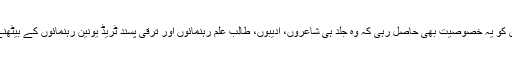
ایسٹرن کافی ہائوس کو یہ خصوصیت بھی حاصل رہی کہ وہ جلد ہی شاعروں، ادیبوں، طالب علم رہنمائوں اور ترقی پسند ٹریڈ یونین رہنمائوں کے بیٹھنے کا مرکز بن گیا۔